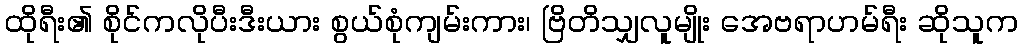
ထိုရီး၏ စိုင်ကလိုပီးဒီးယား စွယ်စုံကျမ်းကား၊ ဗြိတိသျှလူမျိုး အေဗရာဟမ်ရီး ဆိုသူက